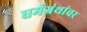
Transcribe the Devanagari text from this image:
धर्मग्रंथांवर